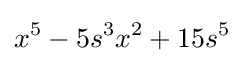
x^{5}-5s^{3}x^{2}+15s^{5}